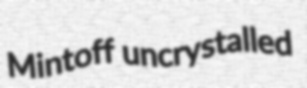
Mintoff uncrystalled